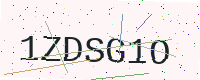
Text: 1ZDSG1O